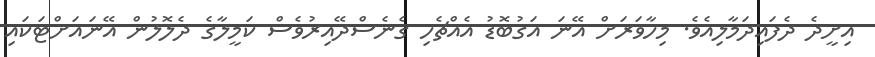
އިށީދެ ދެފައިދަމާލިއެވެ. މިހާވަރަށް އޭނަ އަގުބޮޑު އެއްޗެހި ގެނެސްދޭއިރުވެސް ކަމީލާގެ ދެލޮލުން އޭނައަށްޓަކައި